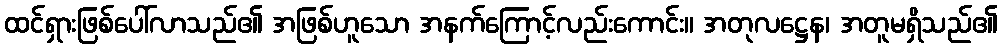
ထင်ရှားဖြစ်ပေါ်လာသည်၏ အဖြစ်ဟူသော အနက်ကြောင့်လည်းကောင်း။ အတုလဋ္ဌေန၊ အတူမရှိသည်၏